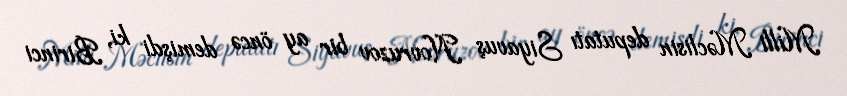
Milli Məclisin deputatı Siyavuş Novruzov bir ay öncə demişdi ki, Birinci